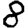
Digit: 8